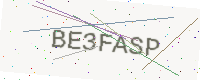
Text: BE3FASP